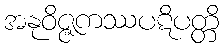
အနုဝိဇ္ဇကဿပဋိပတ္တိ